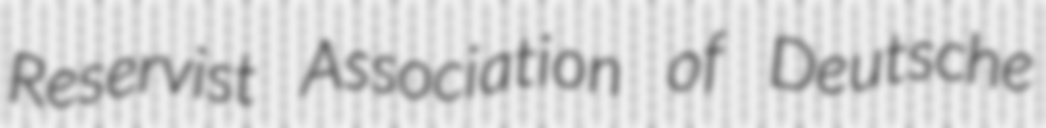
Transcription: Reservist Association of Deutsche